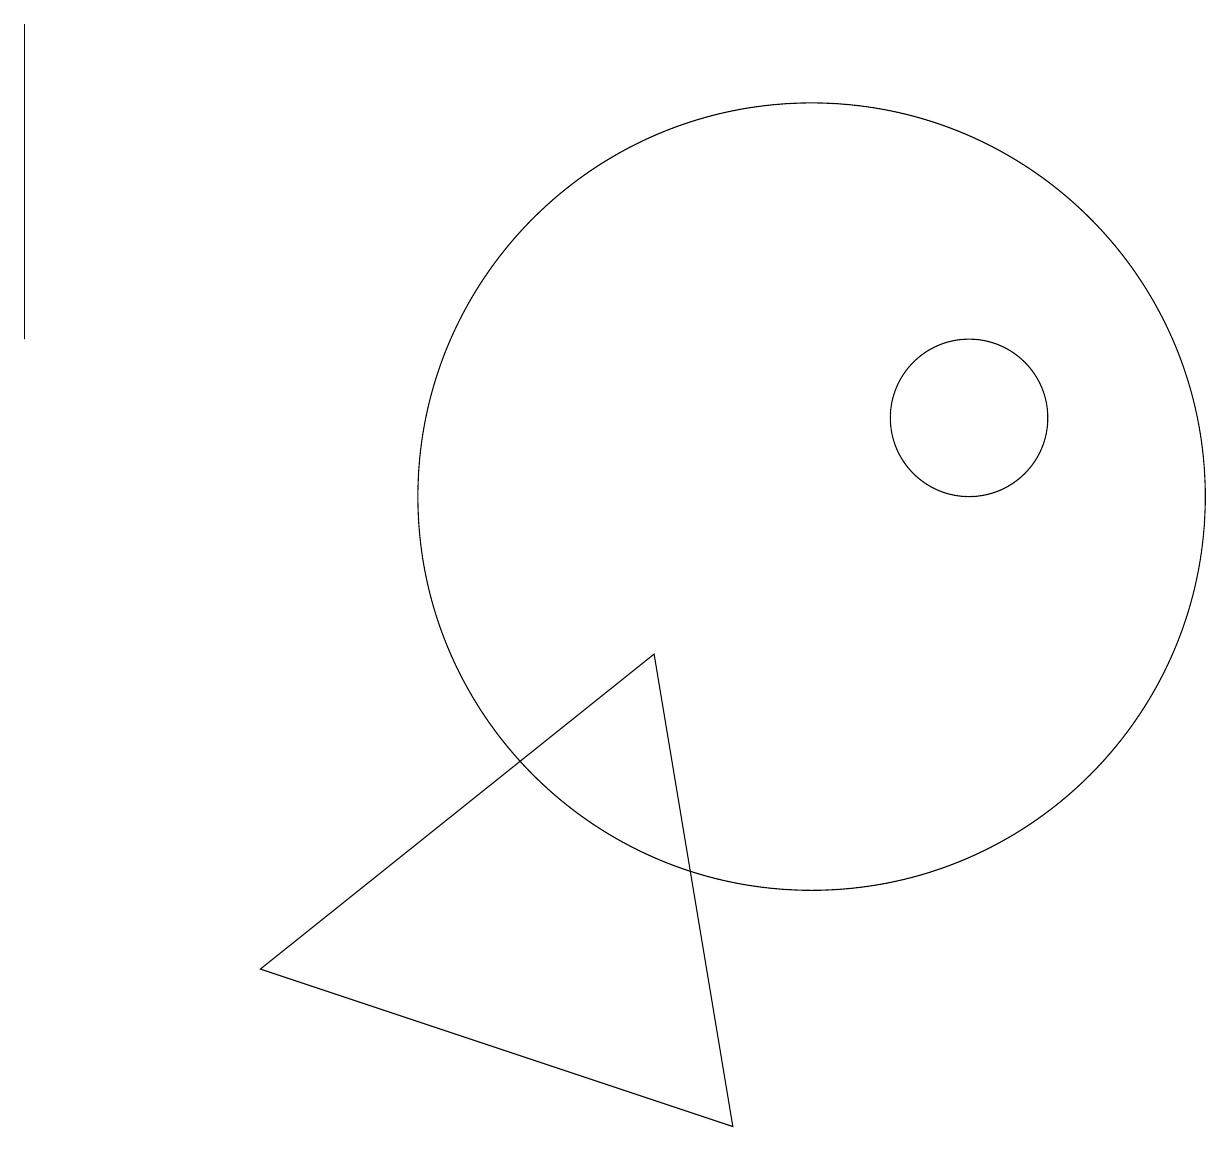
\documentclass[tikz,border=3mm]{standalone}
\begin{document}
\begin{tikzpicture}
\draw (9,2) -- (3,4) -- (8,8) -- cycle;
\draw (12,11) circle (1);
\draw (0,12) rectangle (0,16);
\draw (10,10) circle (5);
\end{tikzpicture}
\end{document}